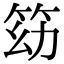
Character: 𥬓